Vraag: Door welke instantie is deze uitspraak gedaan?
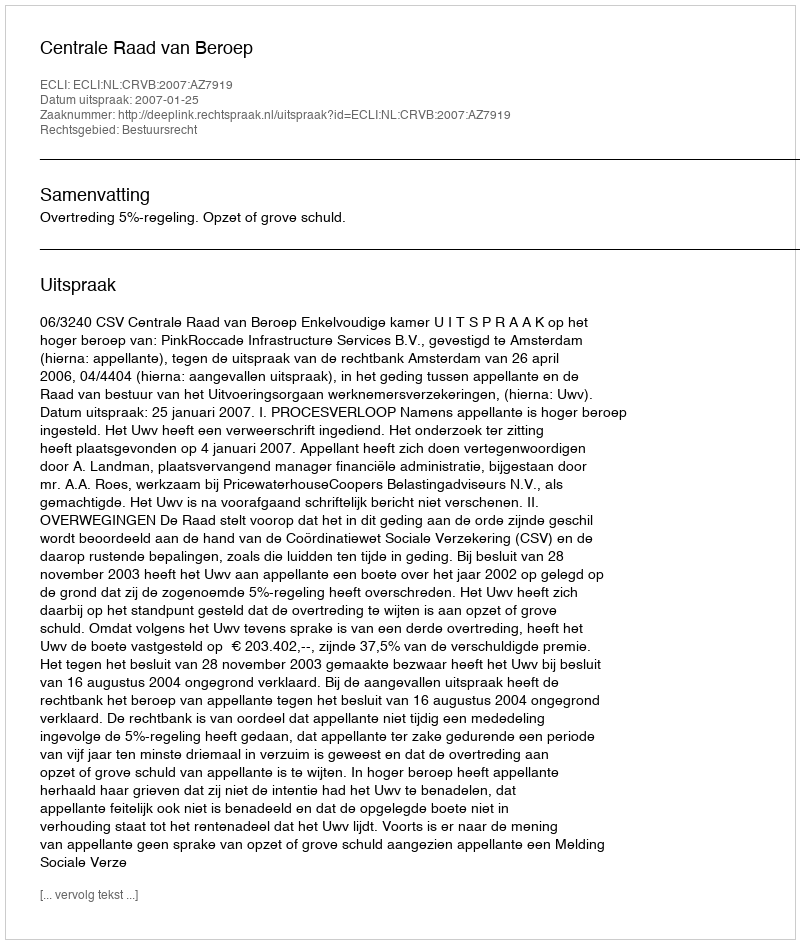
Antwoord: Centrale Raad van Beroep